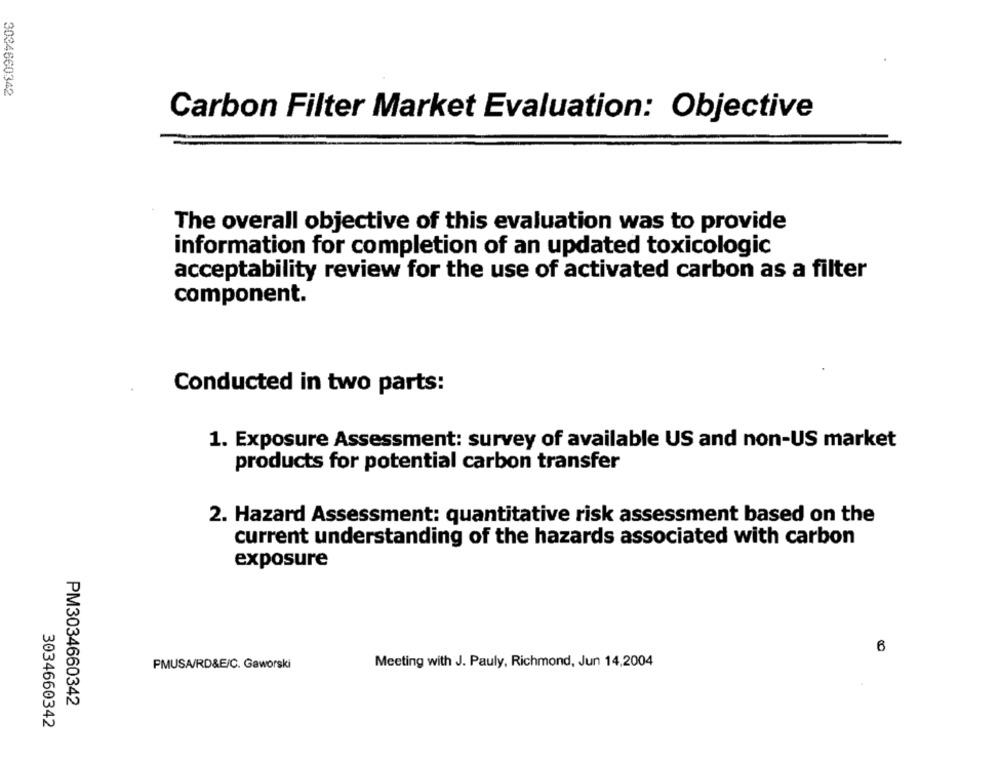
3034660342
Carbon Filter Market Evaluation: Objective
The overall objective of this evaluation was to provide
information for completion of an updated toxicologic
acceptability review for the use of activated carbon as a filter
component.
Conducted in two parts:
1. Exposure Assessment: survey of available US and non-US market
products for potential carbon transfer
2. Hazard Assessment: quantitative risk assessment based on the
current understanding of the hazards associated with carbon
exposure
6
Meeting with J. Pauly, Richmond, Jun 14,2004
PMUSA/RD&E/C. Gaworski
PM3034660342
3034660342